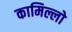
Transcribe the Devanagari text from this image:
कामिल्लो